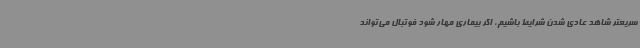
سریعتر شاهد عادی شدن شرایط باشیم، اگر بیماری مهار شود فوتبال می‌تواند